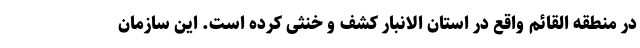
در منطقه القائم واقع در استان الانبار کشف و خنثی کرده است. این سازمان